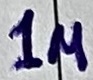
Text: 1u